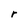
Character: r